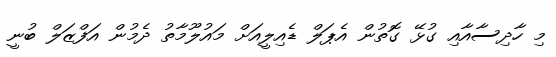
މި ހާދިސާއާއި ގުޅޭ ގޮތުން އެޕަލް ޑެއިލީއަށް މައުލޫމާތު ދެމުން އަފްޒަލް ބުނީ